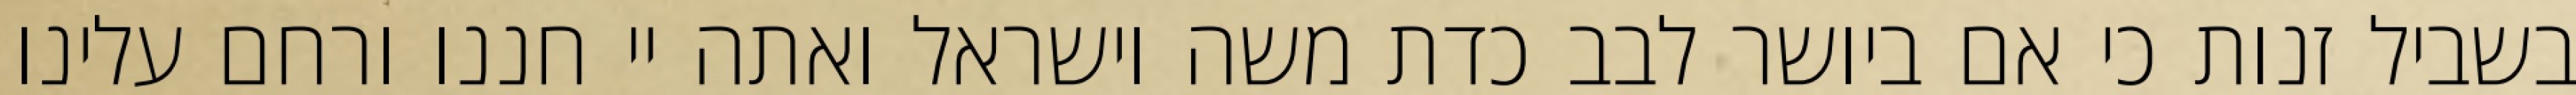
בשביל זנות כי אם ביושר לבב כדת משה וישראל ואתה יי חננו ורחם עלינו